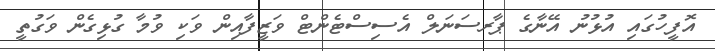
އޮފީހުގައި އުޅުނު އޭނާގެ ޕާރސަނަލް އެސިސްޓެންޓް ވަޒީފާއިން ވަކި ވުމާ ގުޅިގެން ވަގުތީ